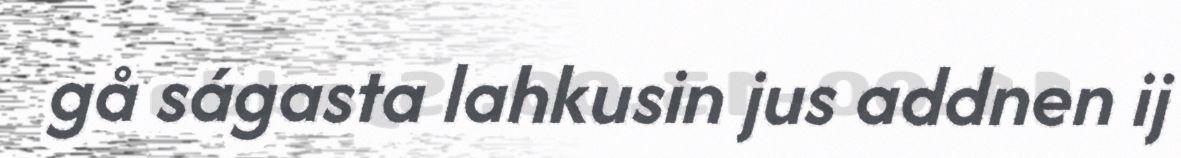
gå ságasta lahkusin jus addnen ij